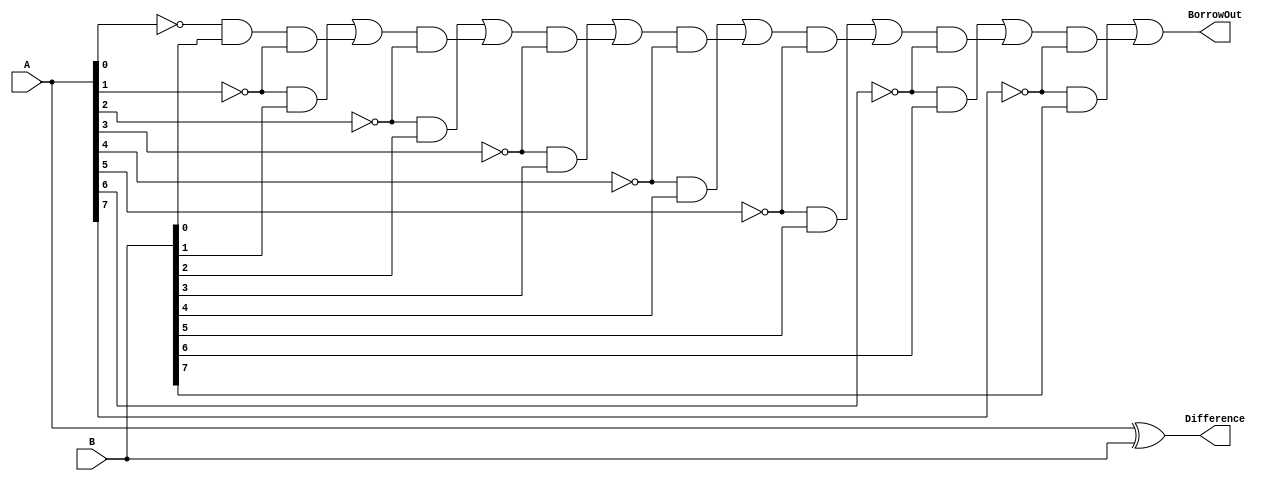
module Subtractor(
    input [7:0] A,
    input [7:0] B,
    output reg [7:0] Difference,
    output reg BorrowOut
);

reg [7:0] Borrow;

assign Difference = A ^ B;
assign BorrowOut = Borrow[7];

always @(*) begin
    Borrow[0] = ~A[0] & B[0];
    Borrow[1] = (~A[1] & B[1]) | (Borrow[0] & ~A[1]);
    Borrow[2] = (~A[2] & B[2]) | (Borrow[1] & ~A[2]);
    Borrow[3] = (~A[3] & B[3]) | (Borrow[2] & ~A[3]);
    Borrow[4] = (~A[4] & B[4]) | (Borrow[3] & ~A[4]);
    Borrow[5] = (~A[5] & B[5]) | (Borrow[4] & ~A[5]);
    Borrow[6] = (~A[6] & B[6]) | (Borrow[5] & ~A[6]);
    Borrow[7] = (~A[7] & B[7]) | (Borrow[6] & ~A[7]);
end

endmodule